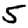
Digit: 5